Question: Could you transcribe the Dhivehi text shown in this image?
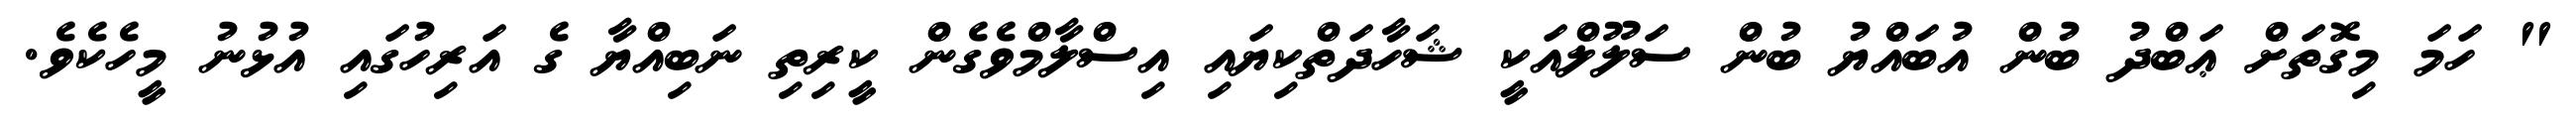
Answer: " ހަމަ މިގޮތަށް ޢަބްދު ބުން އުބައްޔު ބުން ސަލޫލްއަކީ ޝަހާދަތްކިޔައި އިސްލާމްވެގެން ކީރިތި ނަބިއްޔާ ގެ އަރިހުގައި އުޅުނު މީހެކެވެ.